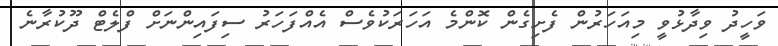
ވަހީދު ވިދާޅުވީ މިއަހަރުން ފެށިގެން ކޮންމެ އަހަރަކުވެސް އެއްފަހަރު ސިފައިންނަށް ފްލެޓް ދޫކުރާނެ